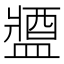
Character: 𨡰